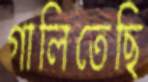
গালিতেছি